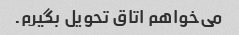
می‌خواهم اتاق تحویل بگیرم.